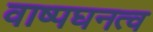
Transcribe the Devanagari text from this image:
वाष्पघनत्व